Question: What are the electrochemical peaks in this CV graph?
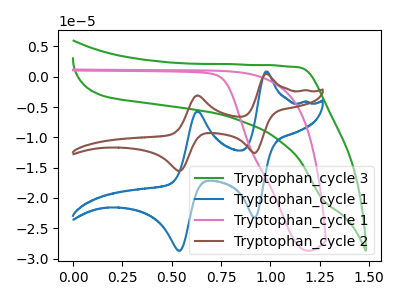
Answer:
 <answer>The green curve "Tryptophan_cycle 3" has no peaks. The blue curve "Tryptophan_cycle 1" has anodic peaks at (1.00V, 0.85uA) (0.65V, -5.70uA) and cathodic peaks at (0.90V, -23.25uA) (0.55V, -28.70uA). The pink curve "Tryptophan_cycle 1" has no peaks. The brown curve "Tryptophan_cycle 2" has anodic peaks at (1.00V, 0.45uA) (0.65V, -3.10uA) and cathodic peaks at (0.90V, -12.60uA) (0.55V, -15.55uA).</answer>
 <eval></eval>